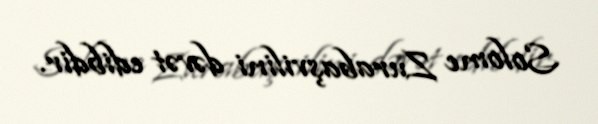
Solome Zurabaşvilini dəvət edibdir.